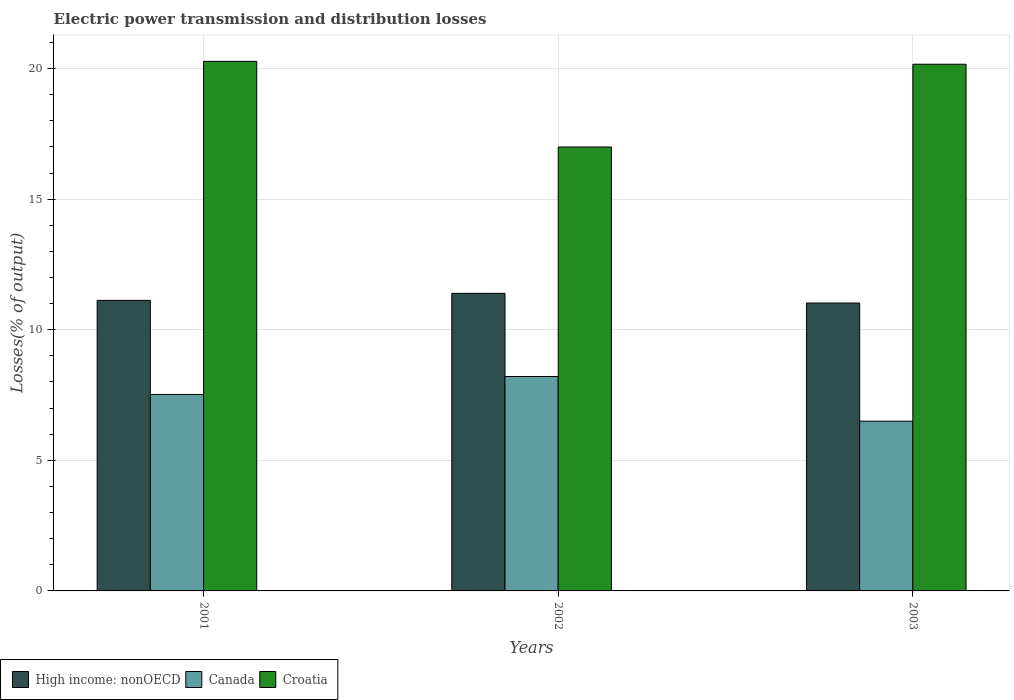
| Years | High income: nonOECD | Canada | Croatia |
 | --- | --- | --- | --- |
 | 2001 | 11.1 | 7.52 | 20.3 |
 | 2002 | 11.4 | 8.21 | 17 |
 | 2003 | 11 | 6.5 | 20.2 |